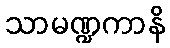
သာမဏ္ဍကာနိ